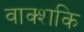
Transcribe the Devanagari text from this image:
वाक्शकि